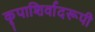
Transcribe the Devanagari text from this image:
कृपाशिर्वादरूपी